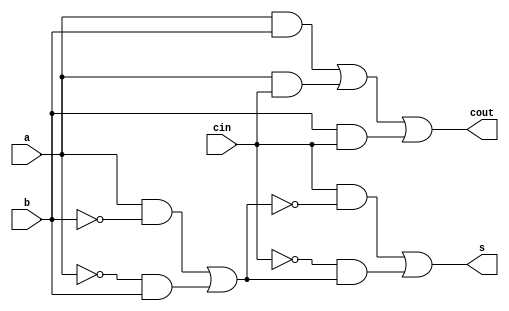
module full_adder_df (a , b , cin , s , cout) ;
	input a , b , cin ;
	output s , cout ;
	
	wire x1 ;
	assign x1 = (a & ~b) | (~a & b) ;
	assign s = (cin & ~x1) | (~cin & x1) ;
	
	assign cout = (a & b) | (a & cin) | (b & cin) ;
endmodule 

module testbench ;
	reg a , b , c_in ;
	wire s , c_out ;
	full_adder_df fa (a , b , c_in , s , c_out) ;
	
	initial
		begin
			$monitor ( , $time , " %b %b %b | %b %b " , a , b , c_in , s , c_out) ;
			#1 c_in = 1'b0 ; a = 1'b0 ; b = 1'b0 ;
			#1 b = 1'b1 ;
			#1 a = 1'b1 ; b = 1'b0 ;
			#1 b = 1'b1 ;
			#1 c_in = 1'b1 ; a = 1'b0 ; b = 1'b0 ;
			#1 b = 1'b1 ;
			#1 a = 1'b1 ; b = 1'b0 ;
			#1 b = 1'b1 ; 
			$finish ;
		end

endmodule